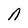
Character: n